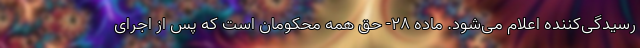
رسیدگی‌کننده اعلام می‌شود. ماده ۲۸- حق همه محکومان است که پس از اجرای